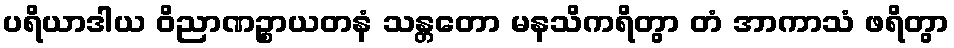
ပရိယာဒါယ ဝိညာဏဉ္စာယတနံ သန္တတော မနသိကရိတွာ တံ အာကာသံ ဖရိတွာ